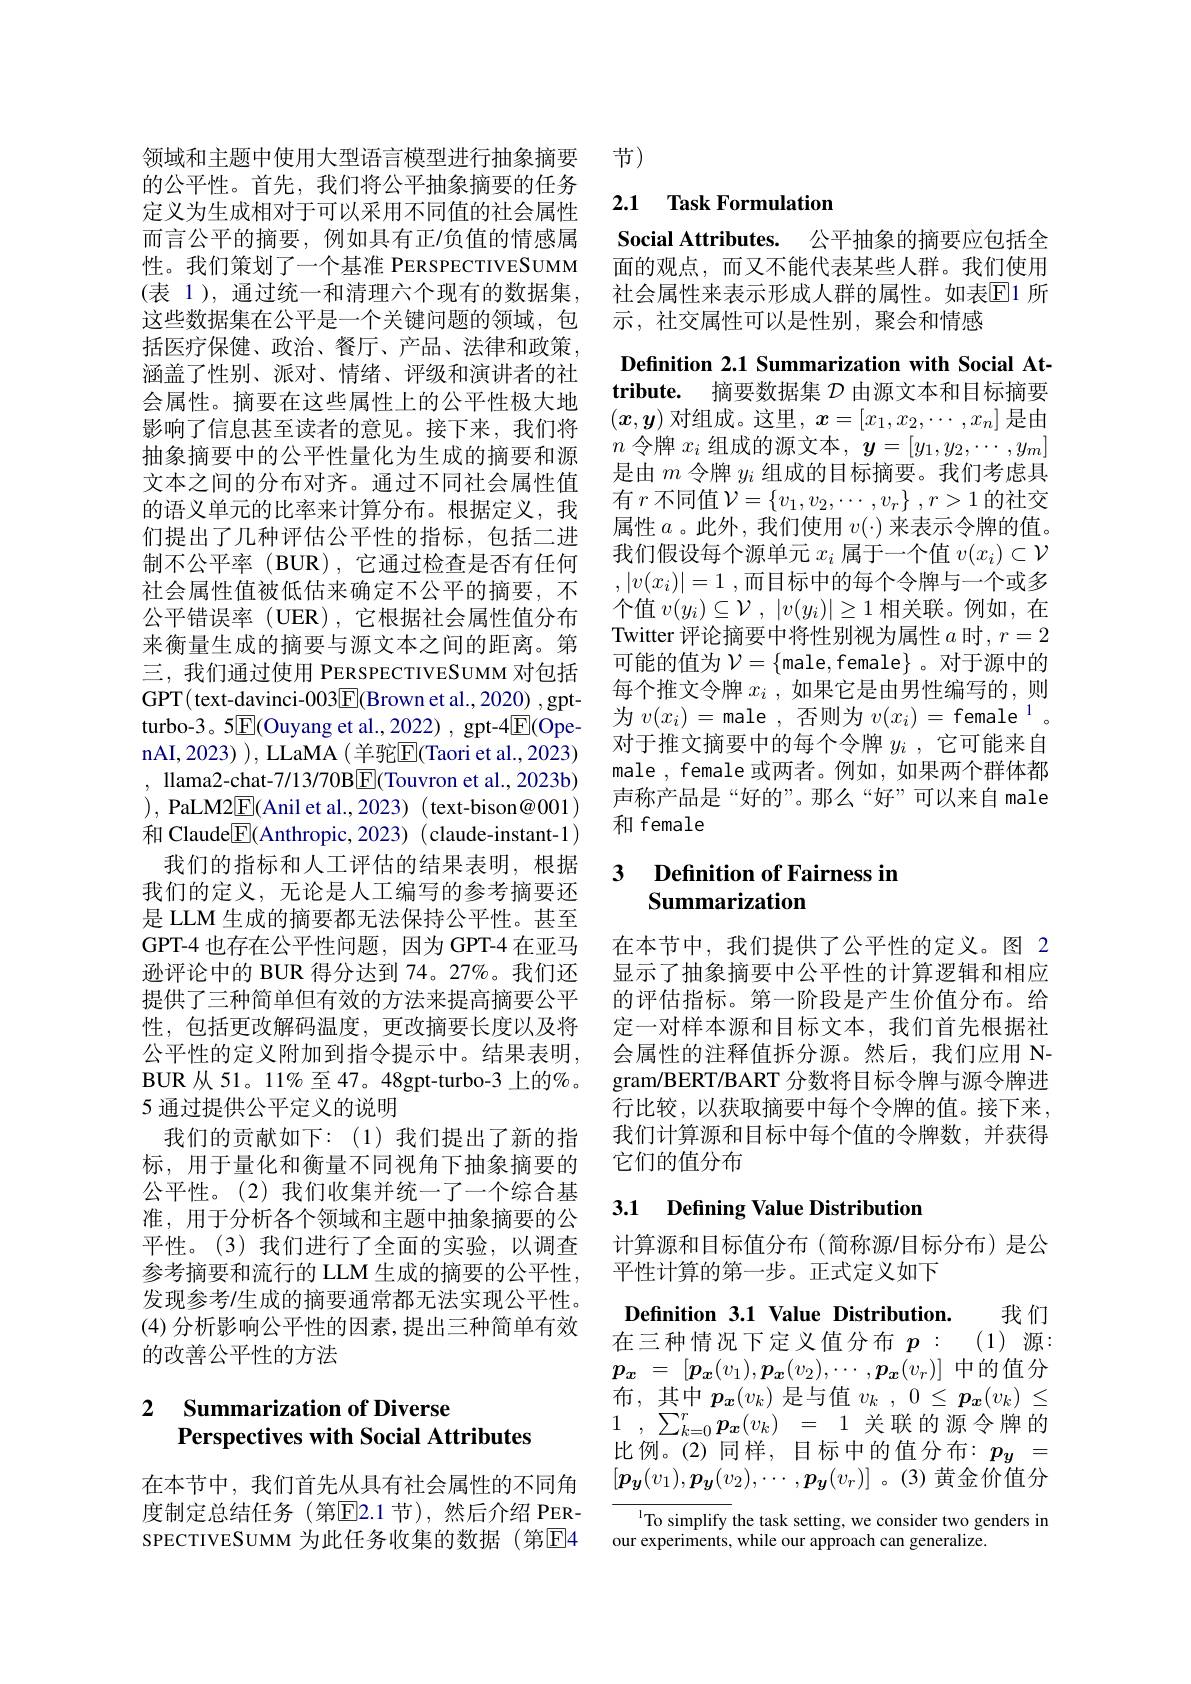
的公平性。首先，我们将公平抽象摘要的任务定义为生成相对于可以采用不同值的社会属性而言公平的摘要，例如具有正/负值的情感属性。我们策划了一个基准 PERSPECTIVESUMM (表 1), 通过统一和清理六个现有的数据集， 这些数据集在公平是一个关键问题的领域，包括医疗保健、政治、餐厅、产品、法律和政策， 涵盖了性别、派对、情绪、评级和演讲者的社会属性。摘要在这些属性上的公平性极大地影响了信息甚至读者的意见。接下来，我们将抽象摘要中的公平性量化为生成的摘要和源文本之间的分布对齐。通过不同社会属性值的语义单元的比率来计算分布。根据定义，我们提出了几种评估公平性的指标，包括二进制不公平率(BUR),它通过检查是否有任何社会属性值被低估来确定不公平的摘要，不公平错误率(UER),它根据社会属性值分布来衡量生成的摘要与源文本之间的距离。第三，我们通过使用 PERSPECTIVESUMM 对包括GPT( text-davinci-003$\underline{\mathrm{E}}($Brown et al., 2020) , gptturbo-3。5$\underline{\mathrm{E}}($Ouyang et al.,2022), gpt-4$\underline{\mathrm{E}}($OpenAI, 2023) ), LLaMA ( 羊驼$\overline{\mathrm{E}}$(Taori et al., 2023) , llama2-chat-7/13/70B$\boxed{\mathrm{E}}($Touvron et al.,2023b) ), PaLM2$\boxed{\mathrm{F}}($Anil et al., 2023) ( text-bison@001) 和 Claude$\boxed{\mathrm{F}}($Anthropic, 2023) (claude-instant-1)
我们的指标和人工评估的结果表明，根据我们的定义，无论是人工编写的参考摘要还是 LLM 生成的摘要都无法保持公平性。甚至GPT-4 也存在公平性问题，因为 GPT-4 在亚马逊评论中的 BUR 得分达到 74。27%。我们还提供了三种简单但有效的方法来提高摘要公平性，包括更改解码温度，更改摘要长度以及将公平性的定义附加到指令提示中。结果表明， BUR 从 51。11% 至 47。48gpt-turbo-3 上的%。5 通过提供公平定义的说明
我们的贡献如下：(1)我们提出了新的指标，用于量化和衡量不同视角下抽象摘要的公平性。(2)我们收集并统一了一个综合基准，用于分析各个领域和主题中抽象摘要的公平性。(3)我们进行了全面的实验，以调查参考摘要和流行的 LLM 生成的摘要的公平性， 发现参考/生成的摘要通常都无法实现公平性。(4)分析影响公平性的因素，提出三种简单有效的改善公平性的方法

### 2 $\textbf{Summarization of Diverse}$ Perspectives with Social Attributes

在本节中，我们首先从具有社会属性的不同角度制定总结任务(第▣E2.1节),然后介绍 PERSPECTIVESUMM 为此任务收集的数据(第☑4

领域和主题中使用大型语言模型进行抽象摘要 节)

## 2.1 Task Formulation

Social Attributes. 公平抽象的摘要应包括全面的观点，而又不能代表某些人群。我们使用社会属性来表示形成人群的属性。如表$\overline{\mathrm{E}}$1 所示 , 社交属性可以是性别，聚会和情感

Definition 2.1 Summarization with Social Attribute. 摘要数据集$\mathcal{D}$由源文本和目标摘要$(x,\boldsymbol{y})$ 对组成。这里$,\boldsymbol x=[x_1,x_2,\cdots,x_n]$ 是由$n$令牌$x_i$组成的源文本$,\boldsymbol{y}=[y_1,y_2,\cdots,y_m]$ 是由$m$令牌$y_i$组成的目标摘要。我们考虑具有$r$不同值$\mathcal{V}=\left\{v_1,v_2,\cdots,v_r\right\},r>1$的社交属性$a$ 。此外，我们使用$v(\cdot)$来表示令牌的值。我们假设每个源单元$x_i$属于一个值$v(x_i)\subset\mathcal{V}$ $, | v( x_i) | = 1$ ,而目标中的每个令牌与一个或多个值$v( y_i) \subseteq \mathcal{V}$ , $| v( y_i) | \geq 1$相关联。例如，在Twitter 评论摘要中将性别视为属性 $a$ 时$,r=2$ 可能的值为$\mathcal{V}=\{$male, female} 。对于源中的每个推文令牌$x_i$ ,如果它是由男性编写的，则为$v(x_i)=$male ,否则为$v(x_i)=$ female$^1$。对于推文摘要中的每个令牌$y_i$ ,它可能来自male , female 或两者。例如，如果两个群体都声称产品是“好的”。那么“好”可以来自 male 和 female

## 3 $\textbf{Definition of Fairness in}$ Summarization

在本节中，我们提供了公平性的定义。图 2显示了抽象摘要中公平性的计算逻辑和相应的评估指标。第一阶段是产生价值分布。给定一对样本源和目标文本，我们首先根据社会属性的注释值拆分源。然后，我们应用 Ngram/BERT/BART 分数将目标令牌与源令牌进行比较，以获取摘要中每个令牌的值。接下来， 我们计算源和目标中每个值的令牌数，并获得它们的值分布

## 3.1 Defining Value Distribution

计算源和目标值分布(简称源/目标分布)是公
平性计算的第一步。正式定义如下

Defnition 3.1 Value Distribution. 我们

在三种情况下定义值分布$p:$ (1)源： $p_x$ = $[ p_x( v_1) , \boldsymbol{p}_x( v_2) , \cdots , \boldsymbol{p}_x( v_r) ]$中的值分布，其中$p_{\boldsymbol{x}}(v_k)$是与值$v_k,0\leq\boldsymbol p_{\boldsymbol{x}}(v_k)\leq$ $\begin{array}{cccc}1&,&\sum_{k=0}^r\boldsymbol{p_x}(v_k)&=&1&\text{关联的源令牌的}\end{array}$ 比例。(2)同样，目标中的值分布：$p_y=$ $[\boldsymbol{p_y}(v_1),\boldsymbol{p_y}(v_2),\cdots,\boldsymbol{p_y}(v_r)]$ 。(3)黄金价值分

${^{1}\text{To simplify the task setting, we consider two genders in}}$
our experiments, while our approach can generalize.